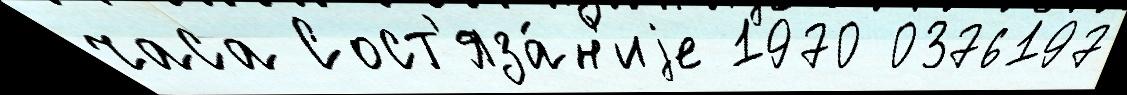
часа Сост'яза́н'иjе 1970 0376197